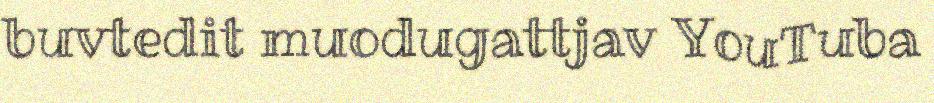
buvtedit muodugattjav YouTuba